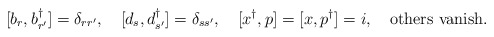
\begin{align*}[ b_r ,b^{\dagger}_{r^\prime} ]=\delta_{r r^\prime} ,~~~ [ d_s ,d^{\dagger}_{s^\prime} ]=\delta_{s s^\prime} ,~~~ [x^{\dagger} ,p]=[x,p^{\dagger} ]=i,~~~ \mbox{others vanish}.\end{align*}